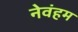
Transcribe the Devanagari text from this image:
नेवंहम